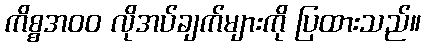
ကိစ္စအ၀၀ လိုအပ်ချက်များကို ပြထားသည်။